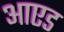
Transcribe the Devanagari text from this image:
आएड